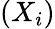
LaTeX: (X_{i})